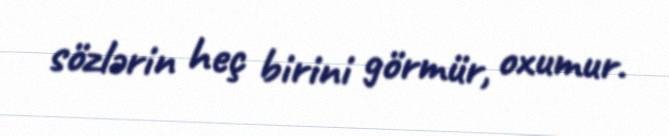
sözlərin heç birini görmür, oxumur.